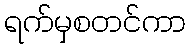
ရက်မှစတင်ကာ